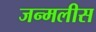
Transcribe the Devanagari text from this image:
जन्मलीस